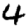
Digit: 4